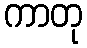
ကာတု